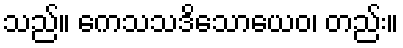
သည်။ ကေသသဒိသောယေဝ၊ တည်း။